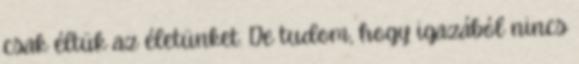
csak éltük az életünket. De tudom, hogy igazából nincs